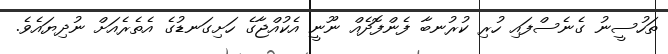
ތަހުސީނު ގެނެސްފައި ހުރި ކުރުނބާ ފެންފޮދެއް ނޫނީ އެކުއްޖާގެ ހަށިގަނޑުގެ އެތެރެއަށް ނުދިޔައެވެ.